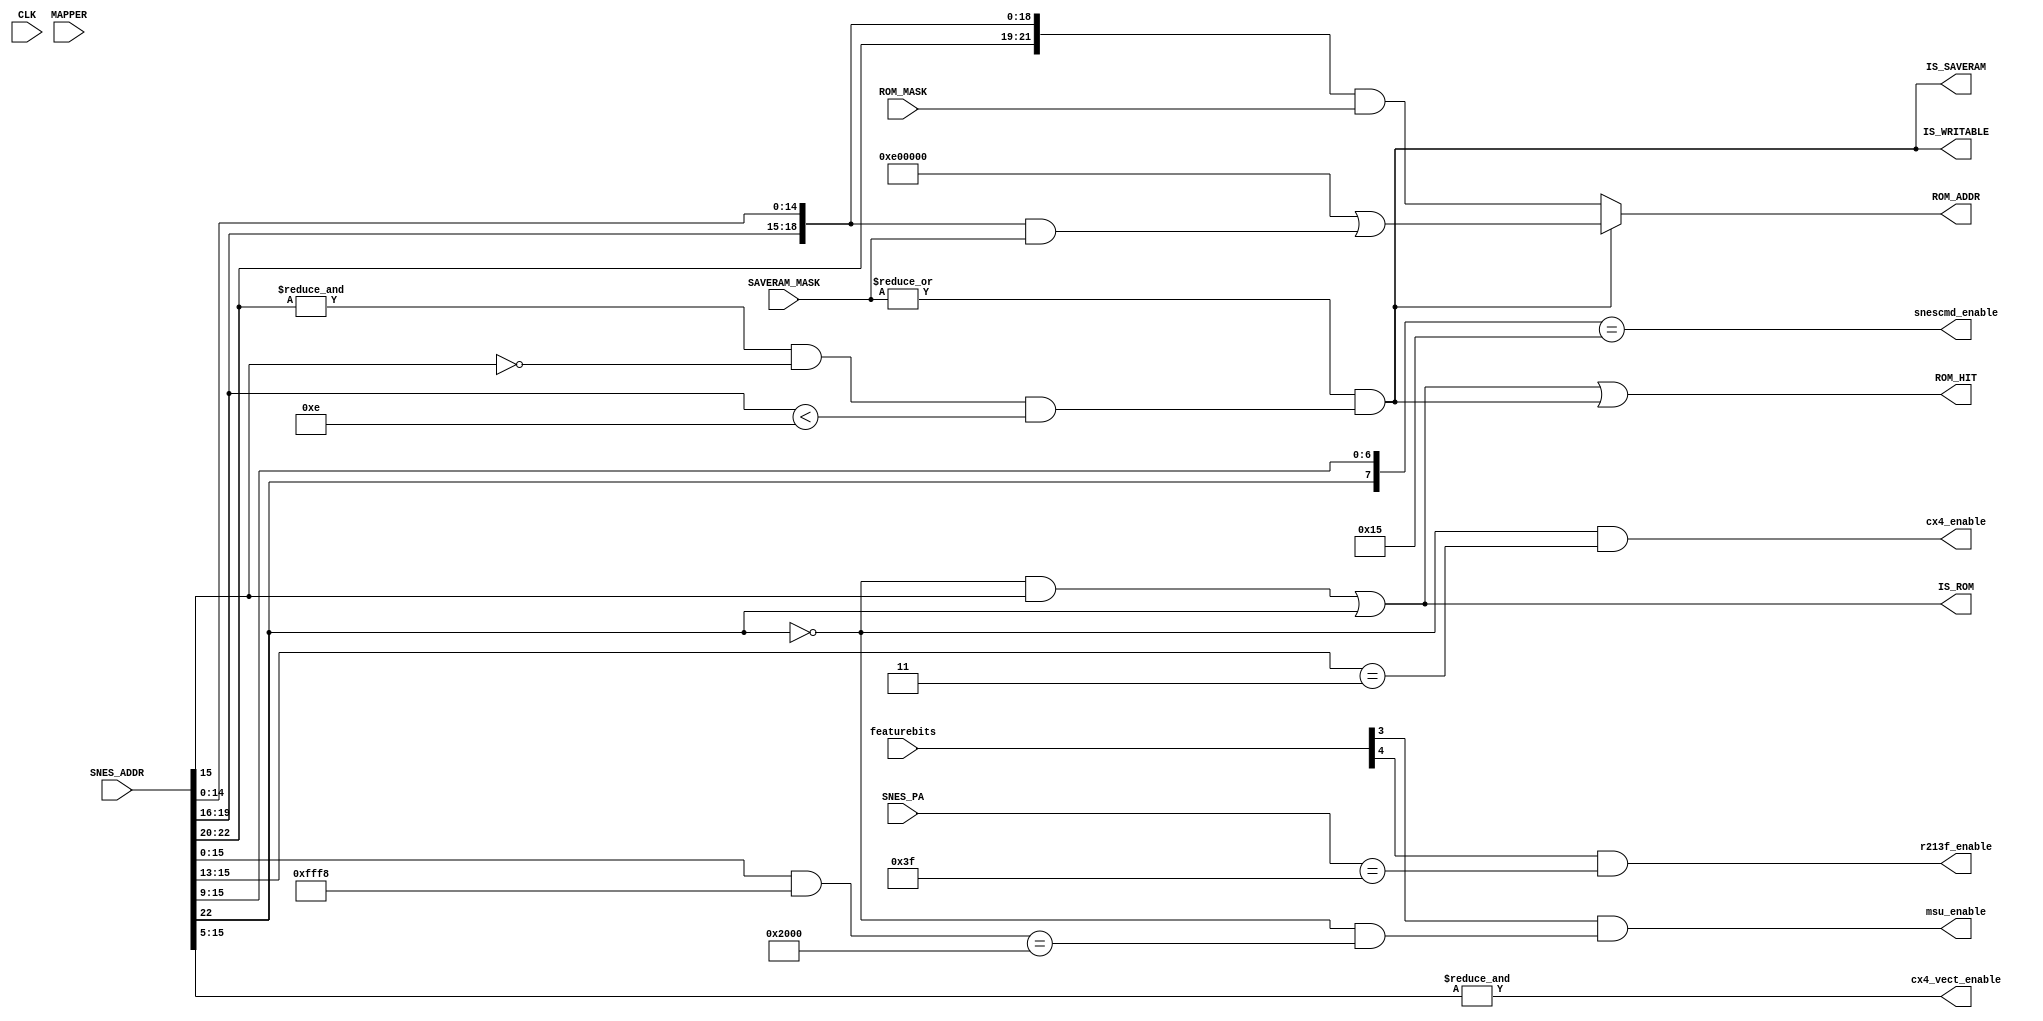
module address_27(
  input CLK,
  input [7:0] featurebits,
  input [2:0] MAPPER,       
  input [23:0] SNES_ADDR,   
  input [7:0] SNES_PA,      
  output [23:0] ROM_ADDR,   
  output ROM_HIT,           
  output IS_SAVERAM,        
  output IS_ROM,            
  output IS_WRITABLE,       
  input [23:0] SAVERAM_MASK,
  input [23:0] ROM_MASK,
  output msu_enable,
  output cx4_enable,
  output cx4_vect_enable,
  output r213f_enable,
  output snescmd_enable
);
parameter [2:0]
  FEAT_MSU1 = 3,
  FEAT_213F = 4
;
wire [23:0] SRAM_SNES_ADDR;
assign IS_ROM = ((!SNES_ADDR[22] & SNES_ADDR[15])
                 |(SNES_ADDR[22]));
assign IS_SAVERAM = |SAVERAM_MASK & (&SNES_ADDR[22:20] & ~SNES_ADDR[15] & (SNES_ADDR[19:16] < 4'b1110));
assign SRAM_SNES_ADDR = IS_SAVERAM
                        ? (24'hE00000 | ({SNES_ADDR[19:16], SNES_ADDR[14:0]} 
                         & SAVERAM_MASK))
                        : ({2'b00, SNES_ADDR[22:16], SNES_ADDR[14:0]}
                         & ROM_MASK);
assign ROM_ADDR = SRAM_SNES_ADDR;
assign IS_WRITABLE = IS_SAVERAM;
assign ROM_HIT = IS_ROM | IS_WRITABLE;
wire msu_enable_w = featurebits[FEAT_MSU1] & (!SNES_ADDR[22] && ((SNES_ADDR[15:0] & 16'hfff8) == 16'h2000));
assign msu_enable = msu_enable_w;
wire cx4_enable_w = (!SNES_ADDR[22] && (SNES_ADDR[15:13] == 3'b011));
assign cx4_enable = cx4_enable_w;
assign cx4_vect_enable = &SNES_ADDR[15:5];
assign r213f_enable = featurebits[FEAT_213F] & (SNES_PA == 9'h3f);
assign snescmd_enable = ({SNES_ADDR[22], SNES_ADDR[15:9]} == 8'b0_0010101);
endmodule